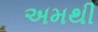
અમથી